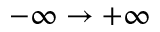
- \infty \rightarrow + \infty